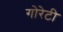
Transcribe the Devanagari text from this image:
गोरेटी